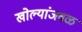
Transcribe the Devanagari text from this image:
खोल्यांजवळ